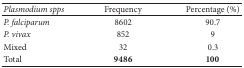
| Plasmodium spps | Frequency | Percentage (%) |
 | --- | --- | --- |
 | P. falciparum | 8602 | 90.7 |
 | P. vivax | 852 | 9 |
 | Mixed | 32 | 0.3 |
 | Total | 9486 | 100 |